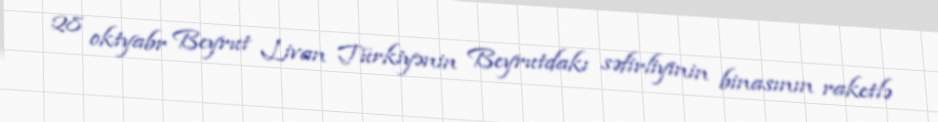
28 oktyabr Beyrut Livan Türkiyənin Beyrutdakı səfirliyinin binasının raketlə